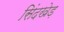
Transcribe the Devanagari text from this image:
सिंदखेड़